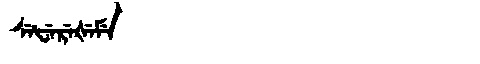
Manchu: ᠰᡝᡶᡝᡵᡝᡧᡝᠮᡝ
Romanization: SEFEREŠEME